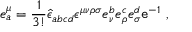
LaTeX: e _ { a } ^ { \mu } = \frac { 1 } { 3 ! } \hat { \epsilon } _ { a b c d } \epsilon ^ { \mu \nu \rho \sigma } e _ { \nu } ^ { b } e _ { \rho } ^ { c } e _ { \sigma } ^ { d } { \tt e } ^ { - 1 } ~ ,